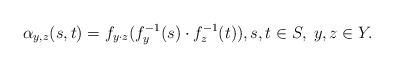
LaTeX: \begin{align*}\alpha_{y,z}(s,t)=f_{y\cdot z}(f^{-1}_y(s)\cdot f^{-1}_{z}(t)),s,t\in S,\;y,z\in Y. \end{align*}